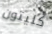
كليتون